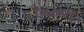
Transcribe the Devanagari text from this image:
देवसरी